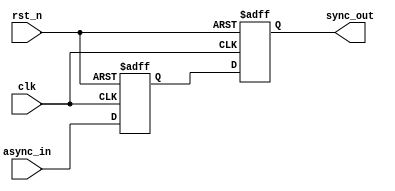
module dual_ff_synchronizer (
    input wire async_in,      // Asynchronous input signal
    input wire clk,          // Clock signal
    input wire rst_n,        // Active low reset signal
    output reg sync_out      // Synchronized output signal
);
    // Internal signal for the intermediate synchronization stage
    reg intermediate_sync;

    // Always block for the flip-flops, triggered by the clock edge
    always @(posedge clk or negedge rst_n) begin
        if (!rst_n) begin
            // Reset both flip-flops to 0
            intermediate_sync <= 1'b0;
            sync_out <= 1'b0;
        end else begin
            // Capture the async input in the first flip-flop
            intermediate_sync <= async_in;
            // Capture the output of the first flip-flop in the second flip-flop
            sync_out <= intermediate_sync;
        end
    end

endmodule